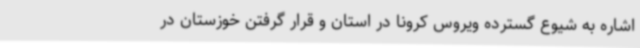
اشاره به شیوع گسترده ویروس کرونا در استان و قرار گرفتن خوزستان در